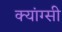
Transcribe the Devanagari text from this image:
क्यांग्सी